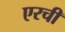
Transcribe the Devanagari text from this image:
एरची